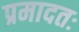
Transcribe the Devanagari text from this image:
प्रमादतः